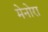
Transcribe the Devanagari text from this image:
मेनोरा